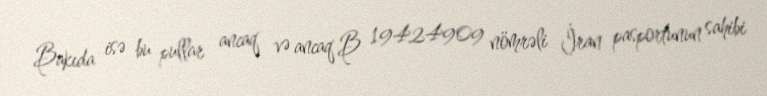
Bakıda isə bu pullar ancaq və ancaq B 19424909 nömrəli İran pasportunun sahibi